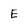
Character: E